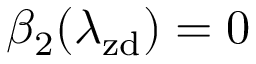
\beta _ { 2 } ( \lambda _ { \mathrm { z d } } ) = 0